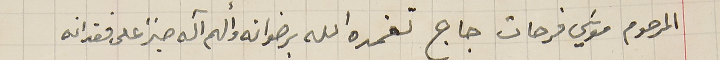
المرحوم موسَي فرحات جاج تغمده الله برضوانه والهم آله صبرً على فقدانه